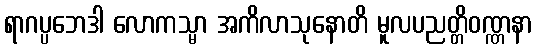
ရာဂပ္ပဘေဒါ လောကသ္မာ အကိလာသုနောတိ မူလပညတ္တိဝဏ္ဏနာ